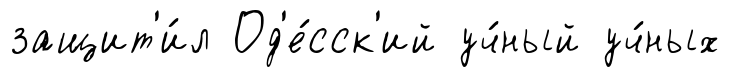
защит'и́л Од'е́сск'ий уч́ный уч́ных